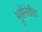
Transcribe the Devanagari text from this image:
भूसेनेतील